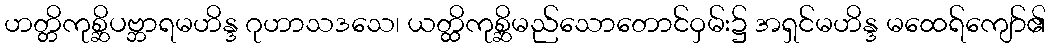
ဟတ္တိကုစ္ဆိပဗ္ဘာရမဟိန္ဒ ဂုဟာသဒသေ၊ ယတ္ထိကုစ္ဆိမည်သောတောင်ဝှမ်း၌ အရှင်မဟိန္ဒ မထေရ်ကျော်၏